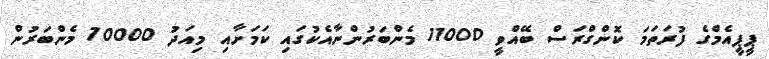
ޕީޕީއެމްގެ ފުރަތަމަ ކޮންގްރަސް ބޭއްވީ 11000 މެންބަރުންނާއެކުގައި ކަމަށާއި މިއަދު 70000 މެންބަރުން